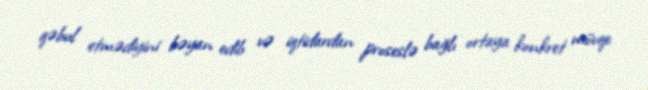
qəbul etmədiyini bəyan edib və iqtidardan proseslə bağlı ortaya konkret mövqe